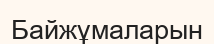
Байжұмаларын